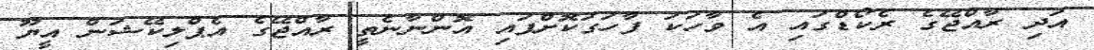
އަދި ރާއްޖޭގެ ރެކޯޑްގައި އެ ވާހަކަ ފާހަގަކޮށްފައި އޮންނާނެތީ ރާއްޖޭގެ އެޕްލިކޭޝަން އީޔޫ